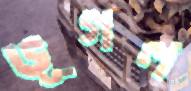
ভূগল